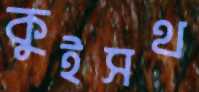
কুইসথ